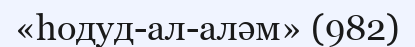
«һодуд-ал-аләм» (982)